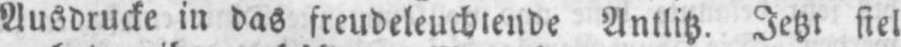
Ausdrucke in das freudeleuchtende Antlitz. Jetzt fiel